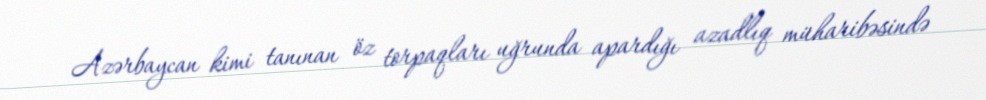
Azərbaycan kimi tanınan öz torpaqları uğrunda apardığı azadlıq müharibəsində